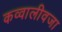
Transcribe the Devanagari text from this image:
कव्वालीवजा